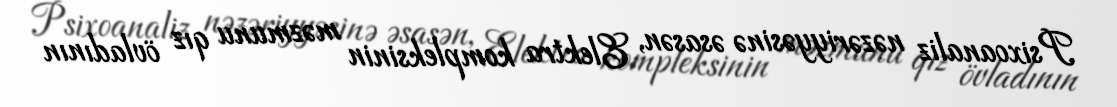
Psixoanaliz nəzəriyyəsinə əsasən, Elektra kompleksinin məzmunu qız övladının